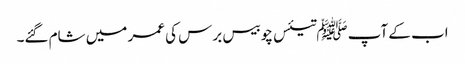
اب کے آپ ﷺتیئس چوبیس برس کی عمر میں شام گئے۔